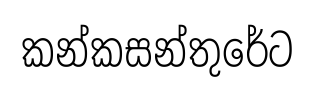
කන්කසන්තුරේට